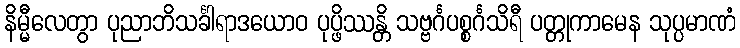
နိမ္မီလေတွာ ပုညာဘိသင်္ခါရာဒယောဝ ပုပ္ဖိဿန္တိ သဗ္ဗင်္ဂပစ္စင်္ဂသိရီ ပတ္တုကာမေန သုပ္ပမာဏံ